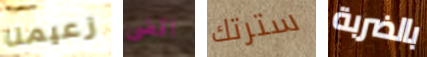
زعيمنا اقضى سترتك بالضربة